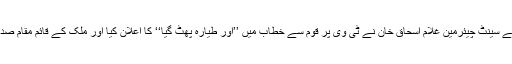
اس وقت کے سینٹ چیئرمین غلام اسحاق خان نے ٹی وی پر قوم سے خطاب میں ’’اور طیارہ پھٹ گیا‘‘ کا اعلان کیا اور ملک کے قائم مقام صدر بن گئے۔